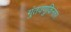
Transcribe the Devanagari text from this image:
गुंतवणुकिनंतर